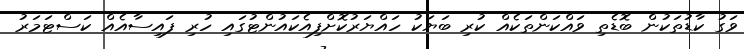
ވަގު ކާޑުތަކުން ބޮޑެތި ވައްކަންތަކެއް ކުރި ބަޔަކު ހައްޔަރުކޮށްފިއެކައުންޓުގައި ހުރި ފައިސާއެއް ކަސްޓަމަރު